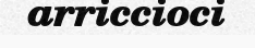
arriccioci